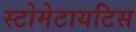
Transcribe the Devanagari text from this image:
स्टोमेटायटिस